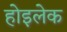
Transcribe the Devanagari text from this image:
होइलेक